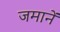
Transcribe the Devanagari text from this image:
जमानें